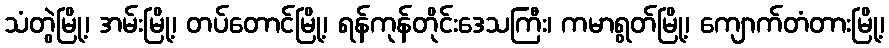
သံတွဲမြို့၊ အမ်းမြို့၊ တပ်တောင်မြို့၊ ရန်ကုန်တိုင်းဒေသကြီး၊ ကမာရွတ်မြို့၊ ကျောက်တံတားမြို့၊